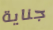
جناية